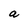
Character: a